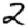
Digit: 2